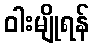
ဝါးမျိုရန်